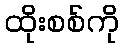
ထိုးစစ်ကို